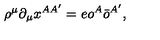
\rho ^ { \mu } \partial _ { \mu } x ^ { A A ^ { \prime } } = e o ^ { A } \bar { o } ^ { A ^ { \prime } } ,